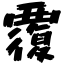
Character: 覆